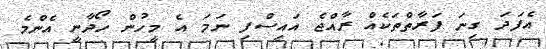
އެފަދަ ގިނަ ފަރާތްތަކެއް ރާއްޖެ އައިސްފި ނަމަ އެ މީހުން ހޯދާނީ އެންމެ